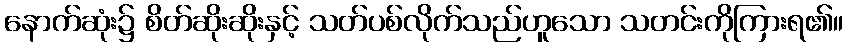
နောက်ဆုံး၌ စိတ်ဆိုးဆိုးနှင့် သတ်ပစ်လိုက်သည်ဟူသော သတင်းကိုကြားရ၏။